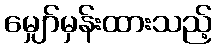
မျှော်မှန်းထားသည့်